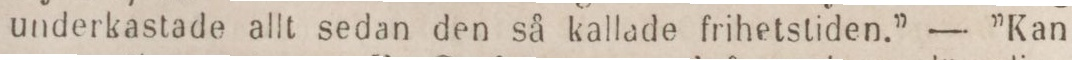
underkastade allt sedan den så kallade frihetstiden.” — ”Kan